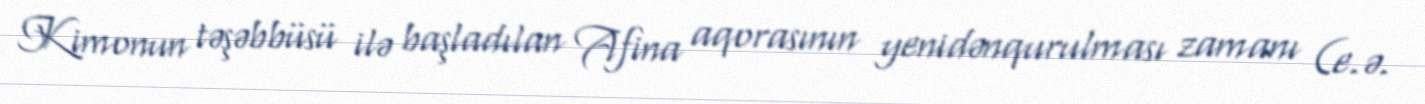
Kimonun təşəbbüsü ilə başladılan Afina aqorasının yenidənqurulması zamanı (e.ə.